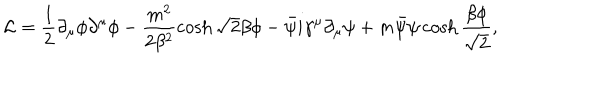
LaTeX: { \cal L } = \frac 1 2 \partial _ { \mu } \phi \partial ^ { \mu } \phi - \frac { m ^ { 2 } } { 2 \beta ^ { 2 } } \cosh \sqrt 2 \beta \phi - \bar { \psi } i \gamma ^ { \mu } \partial _ { \mu } \psi + m \bar { \psi } \psi \cosh \frac { \beta \phi } { \sqrt 2 } ,